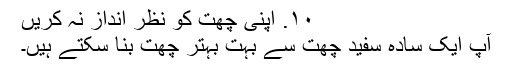
۱۰. اپنی چھت کو نظر اندازِ نہ کریں
آپ ایک سادہ سفید چھت سے بہت بہتر چھت بنا سکتے ہیں۔